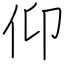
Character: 仰